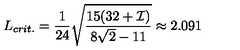
L _ { c r i t . } = \frac { 1 } { 2 4 } \sqrt { \frac { 1 5 ( 3 2 + { \cal I } ) } { 8 \sqrt { 2 } - 1 1 } } \approx 2 . 0 9 1